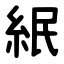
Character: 䋋